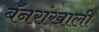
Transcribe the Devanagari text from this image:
बॅनरांखाली